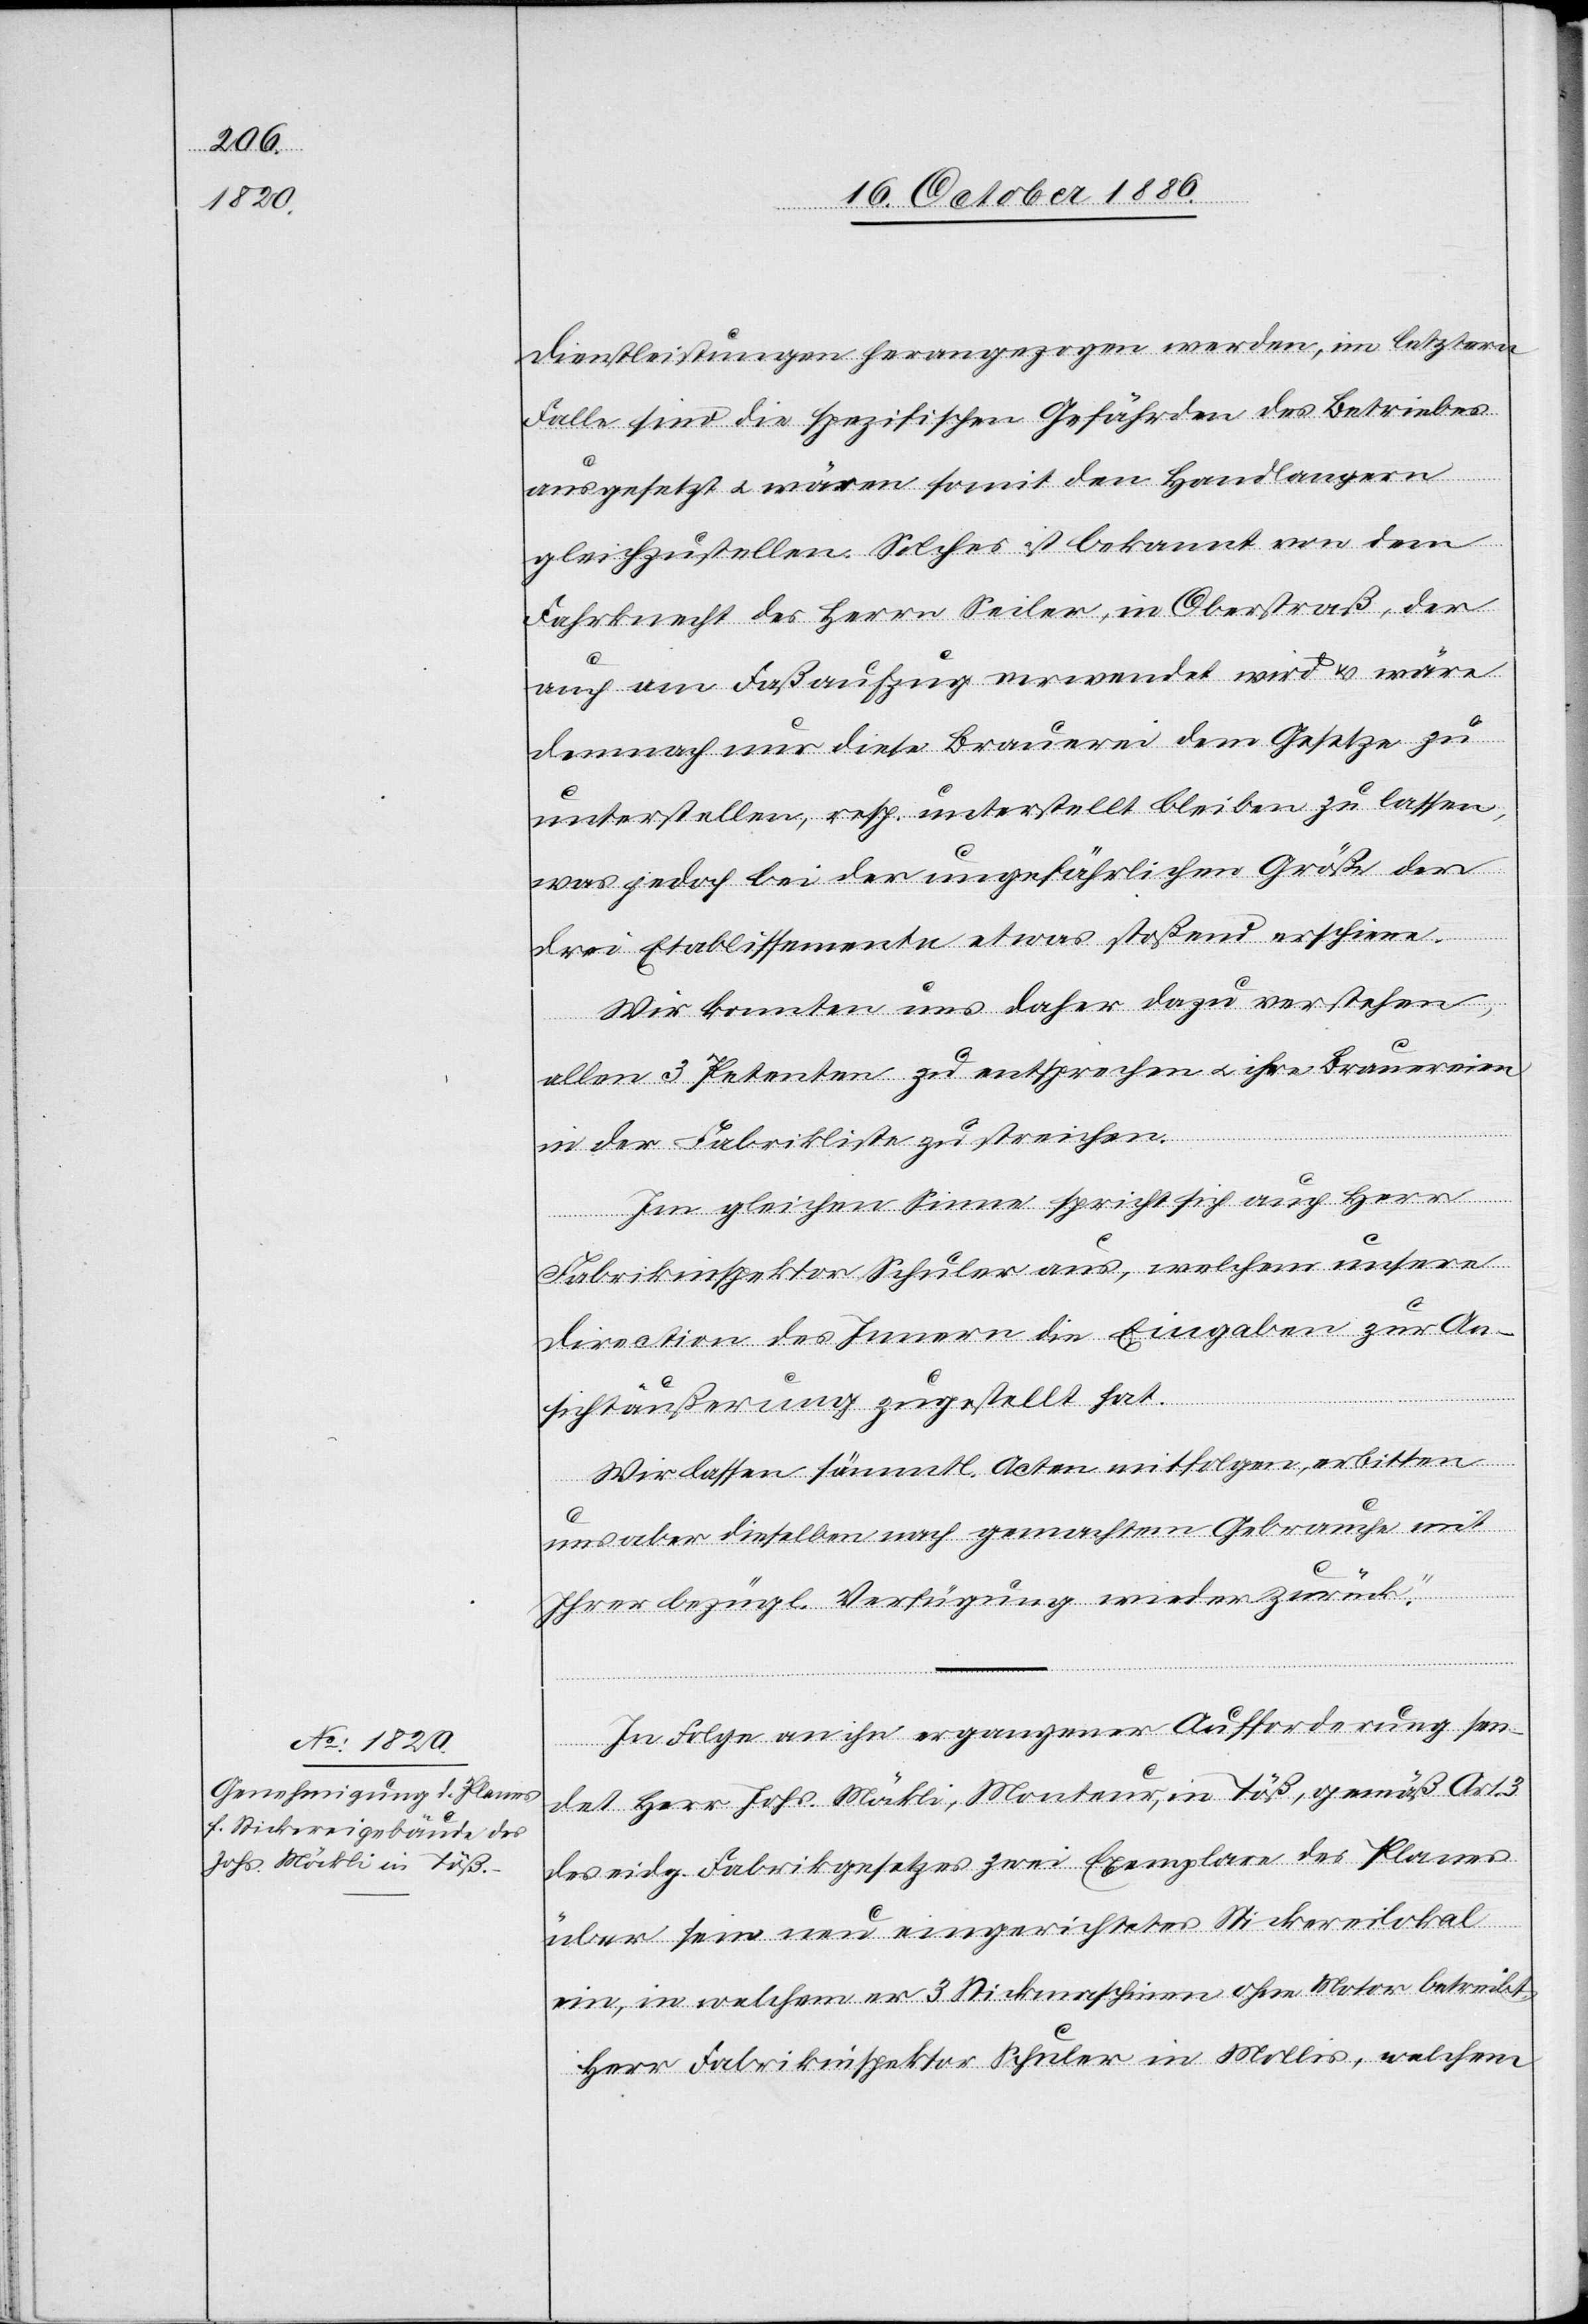
Dienstleistungen herangezogen werden, im letztern
Falle sind die [recte: sie] spezifischen Gefährden des Betriebes
ausgesetzt & wären somit den Handlangern
gleichzustellen. Solches ist bekannt von dem
Fahrknecht des Herrn Seiler, in Oberstraß, der
auch am Fußaufzug verwendet wird & wäre
demnach nur diese Brauerei dem Gesetze zu
unterstellen, resp. unterstellt bleiben zu lassen,
was jedoch bei der ungefährlichen Größe der
drei Etablissemente etwas stoßend erschiene.
Wir konnten uns daher dazu verstehen,
allen 3 Petenten zu entsprechen & ihre Brauereien
in der Fabrikliste zu streichen.
Im gleichen Sinne spricht sich auch Herr
Fabrikinspektor Schuler aus, welchem unsere
Direction des Innern die Eingaben zur An¬
sichtäußerung zugestellt hat.
Wir lassen sämmtl. Acten mitfolgen, erbitten
uns aber dieselben nach gemachtem Gebrauche mit
Ihrer bezügl. Verfügung wieder zurück.“
In Folge an ihn ergangener Aufforderung sen¬
det Herr Johs. Möckli, Monteur, in Töß, gemäß Art. 3
des eidg. Fabrikgesetzes zwei Exemplare des Planes
über sein neu eingerichtetes Stickereilokal
ein, in welchem er 3 Stickmaschinen ohne Motor betreibt.
Herr Fabrikinspektor Schuler in Mollis, welchem